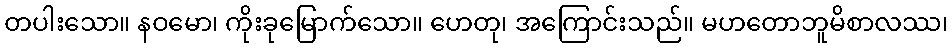
တပါးသော။ နဝမော၊ ကိုးခုမြောက်သော။ ဟေတု၊ အကြောင်းသည်။ မဟတောဘူမိစာလဿ၊